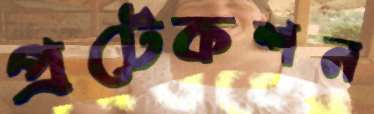
প্রটেকশন